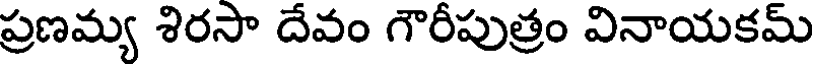
ప్రణమ్య శిరసా దేవం గౌరీపుత్రం వినాయకమ్